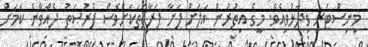
މިނިސްޓަރ ވިދާޅުވިއެވެ. މީގެ އިތުރުން އަލަށް ފަށާ ފަރާތަތަކަށްވެސް ފުރުޞަތު ދެއްވާނެ ކަމަށް